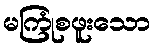
မကြုံစဖူးသော